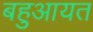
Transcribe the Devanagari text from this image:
बहुआयत